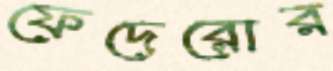
ফেদেরোর